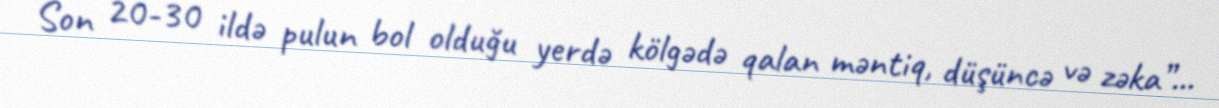
Son 20-30 ildə pulun bol olduğu yerdə kölgədə qalan məntiq, düşüncə və zəka”...